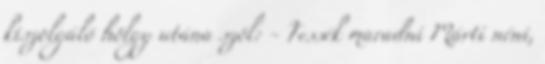
kiszolgáló hölgy utána szól: - Tessék maradni Márti néni,